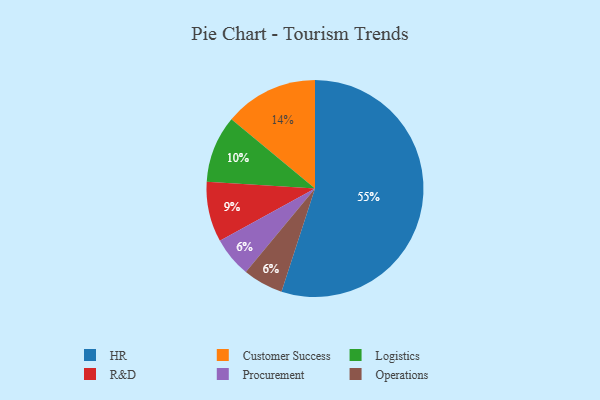
{"axis": {"x": "Category", "y": "Percentage"}, "legend": ["Customer Success", "HR", "Logistics", "Operations", "Procurement", "R&D"], "data": [{"x": "Customer Success", "y": 14, "type": "Customer Success"}, {"x": "R&D", "y": 9, "type": "R&D"}, {"x": "Procurement", "y": 6, "type": "Procurement"}, {"x": "Operations", "y": 6, "type": "Operations"}, {"x": "Logistics", "y": 10, "type": "Logistics"}, {"x": "HR", "y": 55, "type": "HR"}]}